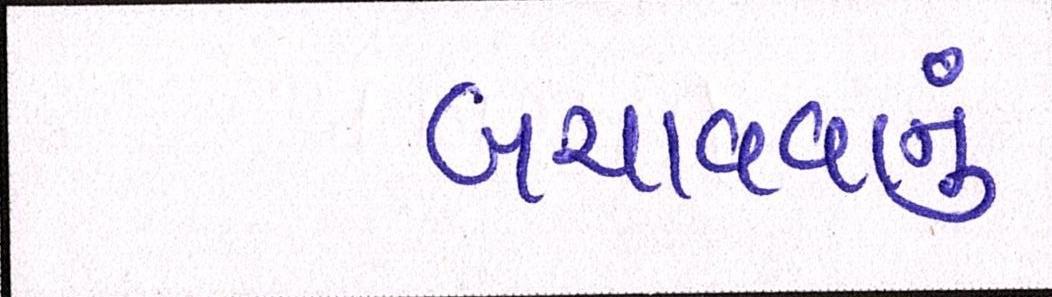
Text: બચાવવાનું